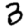
Digit: 3